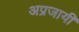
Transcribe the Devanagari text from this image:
अप्रजायी